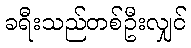
ခရီးသည်တစ်ဦးလျှင်